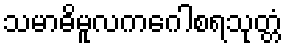
သမာဓိမူလကဂေါစရသုတ္တံ